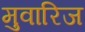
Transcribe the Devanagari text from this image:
मुवारिज